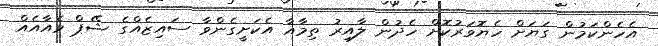
އެހެންކަމުން ގަޔަށް ހެޔޮވަރުކޮށް ހެދުން ލާއިރު ތިމާއާ އެކަށީގެންވާ ސައިޒެއްގެ ޝޭޕް ވެއާއެއް